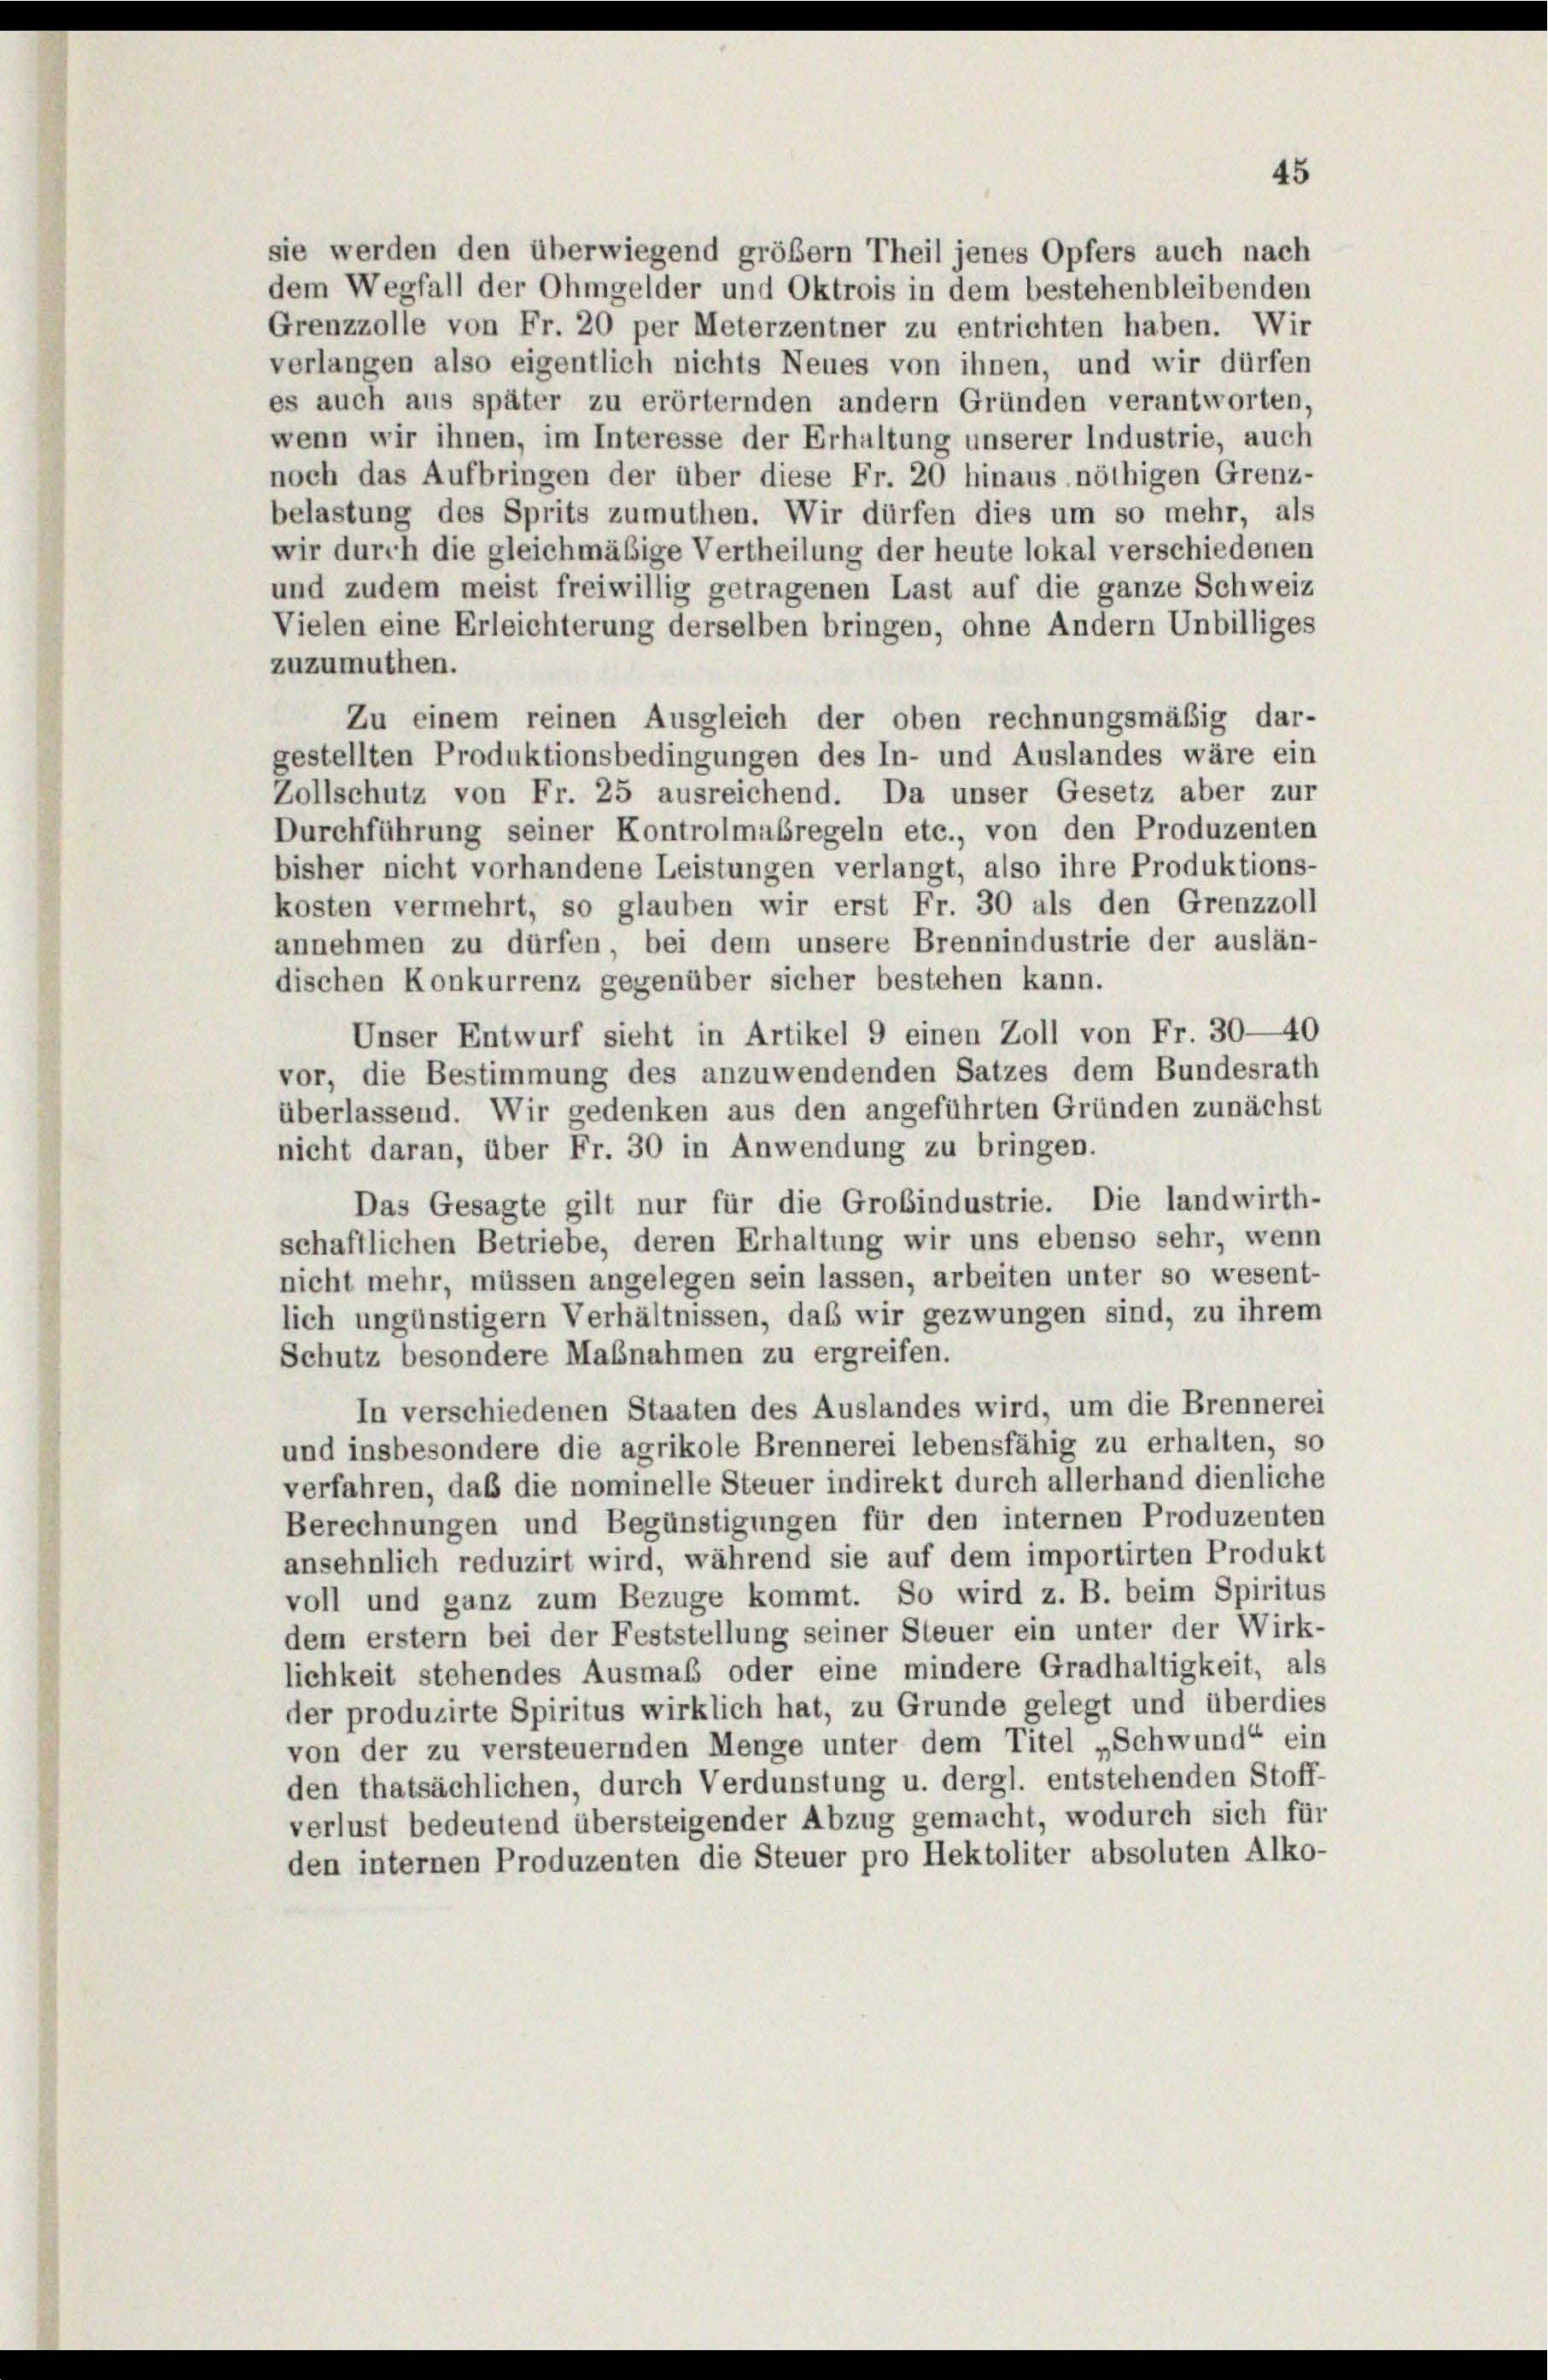
sie werden den überwiegend größer Theil jenes Opfers auch nach
dem Wegfall der Ohmgelder und Oktrois in dem bestehenbleibenden
Grenzzolle von Fr. 20 per Meterzentner zu entrichten haben. Wir
verlangen also eigentlich nichts Neues von ihnen, und wir dürfen
es auch aus später zu erörternden andern Gründen verantworten,
wenn wir ihnen, im Interesse der Erhaltung unserer Industrie, auch
noch das Aufbringen der über diese Fr. 20 hinaus nöthigen Grenz-
belastung des Sprits zumuthen. Wir dürfen dies um so mehr, als
wir durch die gleichmäßige Vertheilung der heute lokal verschiedenen
und zudem meist freiwillig getragenen Last auf die ganze Schweiz
Vielen eine Erleichterung derselben bringen, ohne Andern Unbilliges
zuzumuthen.
Zu einem reinen Ausgleich der oben rechnungsmäßig dar-
gestellten Produktionsbedingungen des In- und Auslandes wäre ein
Zollschutz von Fr. 25 ausreichend. Da unser Gesetz aber zur
Durchführung seiner Kontrolmaßregeln etc., von den Produzenten
bisher nicht vorhandene Leistungen verlangt, also ihre Produktions-
kosten vermehrt, so glauben wir erst Fr. 30 als den Grenzzoll
annehmen zu dürfen, bei dem unsere Brennindustrie der auslän-
dischen Konkurrenz gegenüber sicher bestehen kann.
Unser Entwurf sieht in Artikel 9 einen Zoll von Fr. 30—40

vor, die Bestimmung des anzuwendenden Satzes dem Bundesrath
überlassend. Wir gedenken aus den angeführten Gründen zunächst
nicht daran, über Fr. 30 in Anwendung zu bringen.
Das Gesagte gilt nur für die Grobindustrie. Die landwirth-
schaftlichen Betriebe, deren Erhaltung wir uns ebenso sehr, wenn
nicht mehr, müssen angelegen sein lassen, arbeiten unter so wesent-
lich ungünstigem Verhältnissen, daß wir gezwungen sind, zu ihrem
Schutz besondere Maßnahmen zu ergreifen.
In verschiedenen Staaten des Auslandes wird, um die Brennerei
und insbesondere die agrikole Brennerei lebensfähig zu erhalten, so
verfahren, daß die nominelle Steuer indirekt durch allerhand dienliche
Berechnungen und Begünstigungen für den internen Produzenten
ansehnlich reduzirt wird, während sie auf dem importirten Produkt
voll und ganz zum Bezüge kommt. So wird z. B. beim Spiritus
dem erstem bei der Feststellung seiner Steuer ein unter der Wirk-
lichkeit stehendes Ausmaß oder eine mindere Gradhaltigkeit, als
der produzirte Spiritus wirklich hat, zu Grunde gelegt und überdies
von der zu versteuernden Menge unter dem Titel „Schwund“ ein
den thatsächlichen, durch Verdunstung u. dergl. entstehenden Stoff-
verlust bedeutend übersteigender Abzug gemacht, wodurch sich für
den internen Produzenten die Steuer pro Hektoliter absoluten Alko-

45